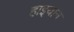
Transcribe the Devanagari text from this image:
हाइयान